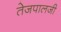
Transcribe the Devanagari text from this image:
तेजपालजी